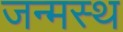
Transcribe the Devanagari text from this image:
जन्मस्थ